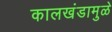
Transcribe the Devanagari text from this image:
कालखंडामुळे